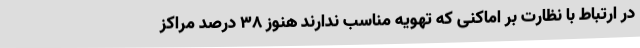
در ارتباط با نظارت بر اماکنی که تهویه مناسب ندارند هنوز ۳۸ درصد مراکز